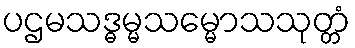
ပဌမသဒ္ဓမ္မသမ္မောသသုတ္တံ